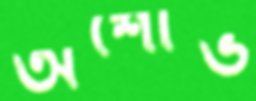
অশোভ